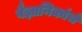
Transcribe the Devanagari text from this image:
वैज्ञानिकांचं